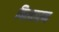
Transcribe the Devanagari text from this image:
विस्तारन